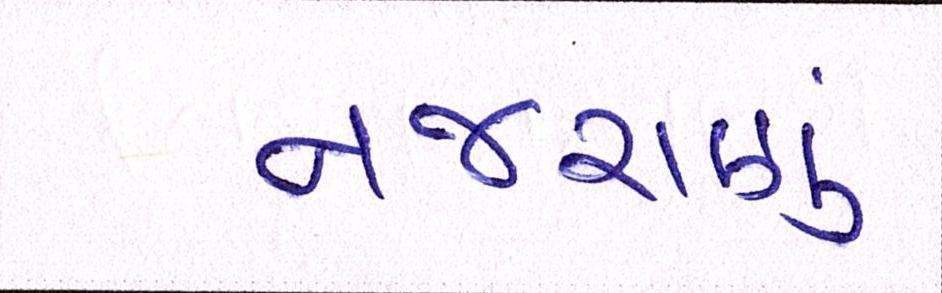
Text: નજરાણું